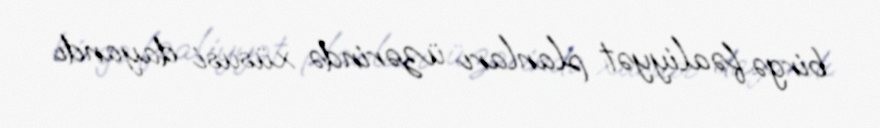
birgə fəaliyyət planları üzərində xüsusi dayandı.